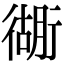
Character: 衚